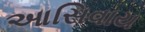
આસિવાય